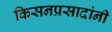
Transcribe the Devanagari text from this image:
किसनप्रसादांनी